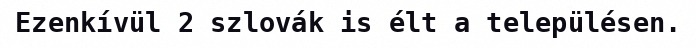
Ezenkívül 2 szlovák is élt a településen.